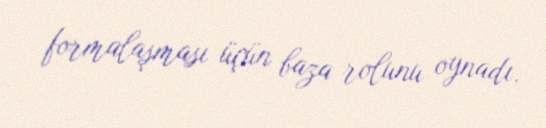
formalaşması üçün baza rolunu oynadı.